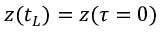
\ensuremath { \boldsymbol { z } } ( t _ { L } ) = \ensuremath { \boldsymbol { z } } ( \tau = 0 )